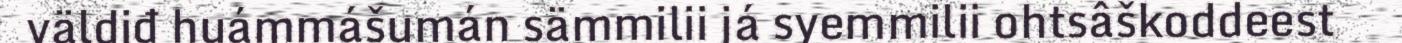
väldiđ huámmášumán sämmilii já syemmilii ohtsâškoddeest